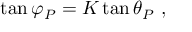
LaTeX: \tan { \varphi _ { P } } = \displaystyle K \tan { \theta _ { P } } ~ ,